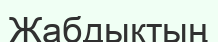
Жабдықтың